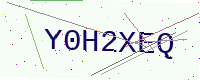
Text: Y0H2XEQ